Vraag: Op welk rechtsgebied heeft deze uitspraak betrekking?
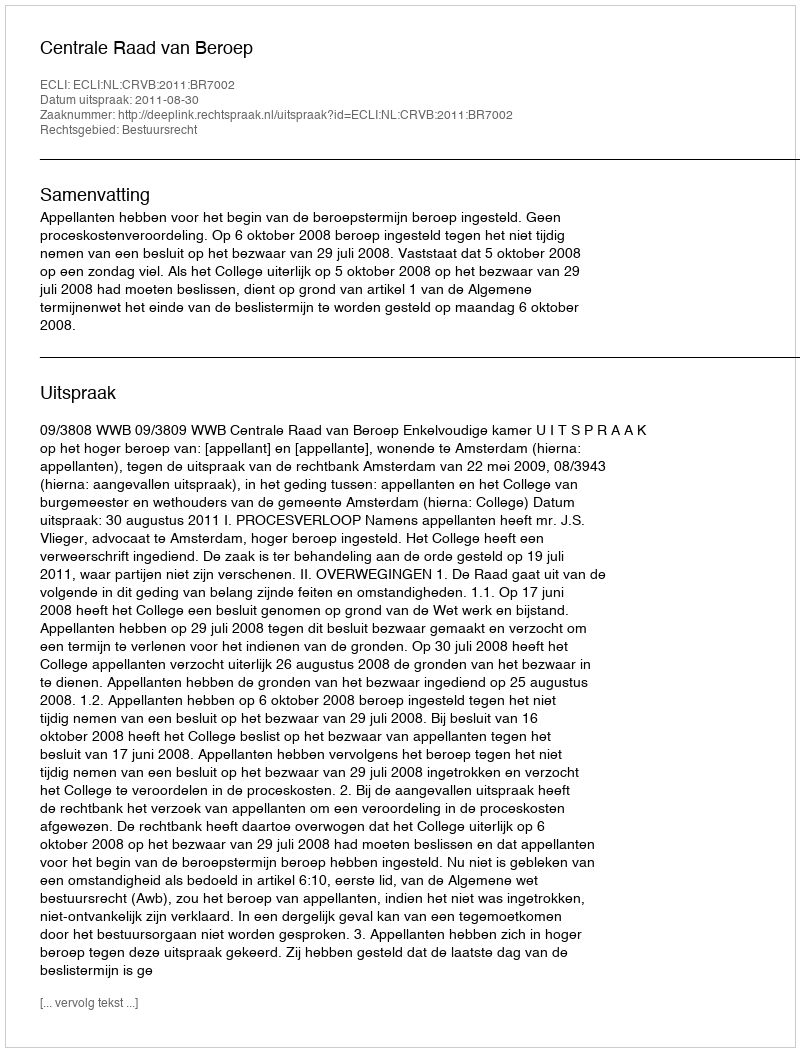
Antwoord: Bestuursrecht